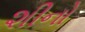
શીનો